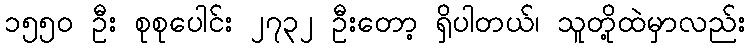
၁၅၅၀ ဦး စုစုပေါင်း ၂၇၃၂ ဦးတော့ ရှိပါတယ်၊ သူတို့ထဲမှာလည်း